Tezpur Lunatic Asylum reports 1877-1894 - 1877-1894
Year: 1877
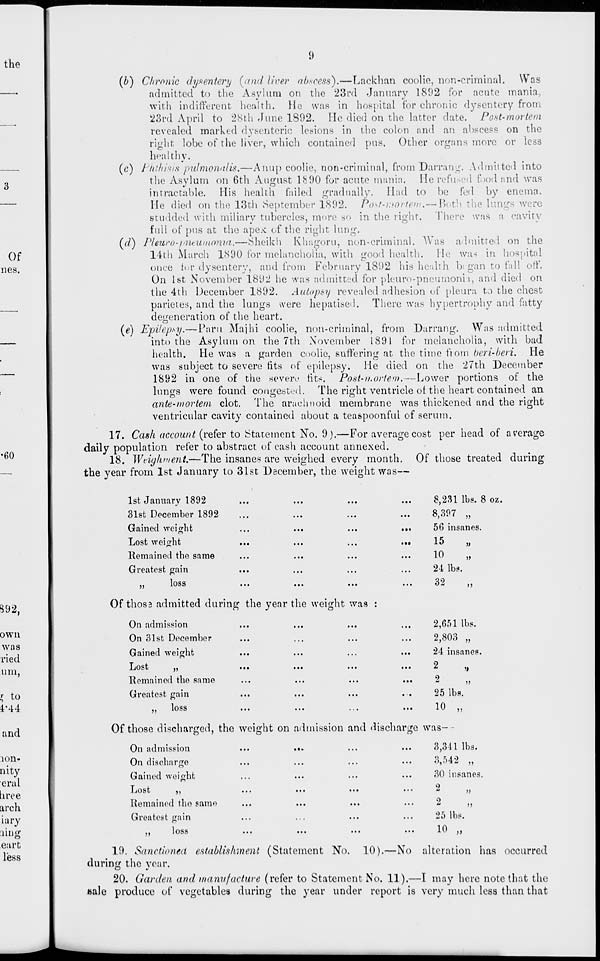
9
(b) Chronic dysentery {and liver abscess).—Lackhan coolie, non-criminal. Was
admitted to the Asylum on the 23rd January 1892 for acute mania
with indifferent health. He was in hospital for chronic dysentery from
23rd April to 28th June 1892. He died on the latter date. Post-mortem
revealed marked dysenteric lesions in the colon and an abscess on the
right, lobe of the liver, which contained pus. Other organs more or less
healthy.
(c) Phthisis pulmonalis,—Anup coolie, non-criminal, from Darrang. Admitted into
the Asylum on 6th August 1 h 90 for acute mania. He refused food and was
intractable. His health failed gradually. Had to be fed by enema.
He died on the 13th September 1892. Post-mortem,— Botb the lungs were
studded with miliary tubercles, more so in the right.
There was a cavit}
full of pus at the apex of the right lung.
(d) Pleuro-pneumoma.—Sheikh Khagoru, non-criminal. Was admitted on the
14th March 1890 for melancholia, with good health. He was in hospital
once tor dysentery, and from February 1892 his health began to fall off'.
On 1st November 1892 he was admitted for pleuro-pneumonii, and died on
the 4th December 1892. Autopsy revealed adhesion of pleura to the chest
parietes, and the lungs were hepatised. There was hypertrophy and fatty
degeneration of the heart.
(e) Epilepsy.— Paru Mai hi coolie, non-criminal, from Darrang. Was admitted
into the Asylum on the 7th November 1891 for melancholia, with bad
health. He was a garden coolie, suffering at the time from beri-beri. He
was subject to severe fits of epilepsy. He died on the 27th December
1892 in one of the seven' tits. Post-n.ortem.—Lower portions of the
lungs were found cougest-'d. The right ventricle ot the heart contained an
ante-mortem clot. The arachnoid membrane was thickened and the right
ventricular cavity contained about a teaspoonfui of serum.
17. Cash account (refer to Statement No. 9).—For average cost per head of average
daily population refer to abstract of cash account annexed.
18. Weighment,—The insanes are weighed every month. Of those treated during
the year from 1st January to 31st December, the weight was—
1st January 1892
31st December 1892
Gained weight
Lost weight
Remained the same
Greatest gain
loss
>>
8,231 lbs. 8 oz.
8,397 „
56 insanes.
15
„
10
„
24 lbs.
32
>)
Of thosa admitted during the year the weight was :
On admission
On 31st December
Gained weight
JjOSt
,,
...
...
...
Itemainod the same
Greatest gain
• .
105S
tea
• • «
• . •
2,(551 lbs.
2,803 „
24 insanes.
2
2
25 lbs.
10 „
>i
>>
Of those discharged, the weight on admission and discharge was-
...
«••
...
...
O,o41 IDS.
...
...
...
• • «
♦', «'^tw
,,
30 insanes.
On admission
On discharge
Gained weight
Lost
?5
)>
Remained the same
Greatest gain
loss
j>
2
25 lbs.
10
>>
i)
19. Sanctioned establishmeni (Statement No. 10).—No alteration has occurred
during the year.
20. Garden and manufacture (refer to Statement No. 11).—I may here note that the
wale produce of vegetables during the year under report is very much less than that